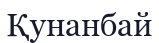
Қунанбай